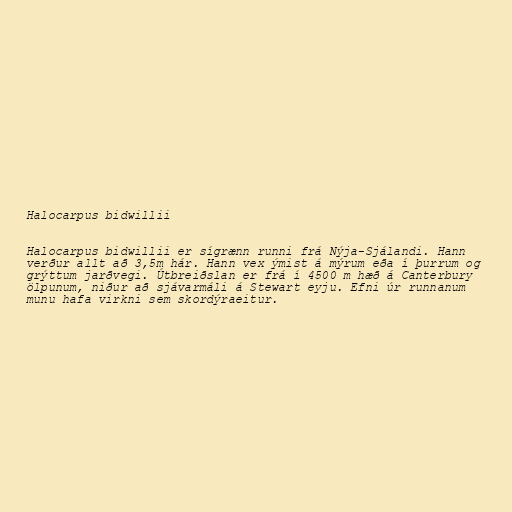
Halocarpus bidwillii

Halocarpus bidwillii er sígrænn runni frá Nýja-Sjálandi. Hann
verður allt að 3,5m hár. Hann vex ýmist á mýrum eða í þurrum og
grýttum jarðvegi. Útbreiðslan er frá í 4500 m hæð á Canterbury
ölpunum, niður að sjávarmáli á Stewart eyju. Efni úr runnanum
munu hafa virkni sem skordýraeitur.